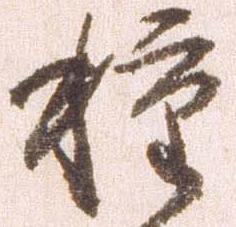
種